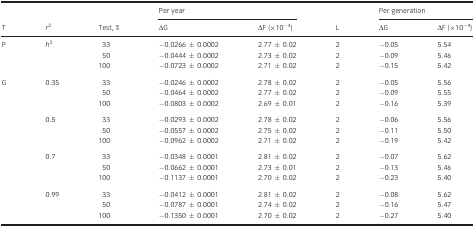
|  |  |  | <COLSPAN=2> Per year |  | <COLSPAN=2> Per generation |
 | T | r2 | Test, % | ΔG | ΔF (×10−4) | L | ΔG | ΔF (×10−4) |
 | --- | --- | --- | --- | --- | --- | --- | --- |
 | P | h2 | 33 | −0.0266 ± 0.0002 | 2.77 ± 0.02 | 2 | −0.05 | 5.54 |
 |  |  | 50 | −0.0444 ± 0.0002 | 2.73 ± 0.02 | 2 | −0.09 | 5.46 |
 |  |  | 100 | −0.0723 ± 0.0002 | 2.71 ± 0.02 | 2 | −0.15 | 5.42 |
 | G | 0.35 | 33 | −0.0246 ± 0.0002 | 2.78 ± 0.02 | 2 | −0.05 | 5.56 |
 |  |  | 50 | −0.0464 ± 0.0002 | 2.77 ± 0.02 | 2 | −0.09 | 5.55 |
 |  |  | 100 | −0.0803 ± 0.0002 | 2.69 ± 0.01 | 2 | −0.16 | 5.39 |
 |  | 0.5 | 33 | −0.0293 ± 0.0002 | 2.78 ± 0.02 | 2 | −0.06 | 5.56 |
 |  |  | 50 | −0.0557 ± 0.0002 | 2.75 ± 0.02 | 2 | −0.11 | 5.50 |
 |  |  | 100 | −0.0962 ± 0.0002 | 2.71 ± 0.02 | 2 | −0.19 | 5.42 |
 |  | 0.7 | 33 | −0.0348 ± 0.0001 | 2.81 ± 0.02 | 2 | −0.07 | 5.62 |
 |  |  | 50 | −0.0662 ± 0.0001 | 2.73 ± 0.01 | 2 | −0.13 | 5.46 |
 |  |  | 100 | −0.1137 ± 0.0001 | 2.70 ± 0.02 | 2 | −0.23 | 5.40 |
 |  | 0.99 | 33 | −0.0412 ± 0.0001 | 2.81 ± 0.02 | 2 | −0.08 | 5.62 |
 |  |  | 50 | −0.0787 ± 0.0001 | 2.74 ± 0.02 | 2 | −0.16 | 5.47 |
 |  |  | 100 | −0.1350 ± 0.0001 | 2.70 ± 0.02 | 2 | −0.27 | 5.40 |